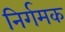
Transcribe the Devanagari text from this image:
निर्गमक